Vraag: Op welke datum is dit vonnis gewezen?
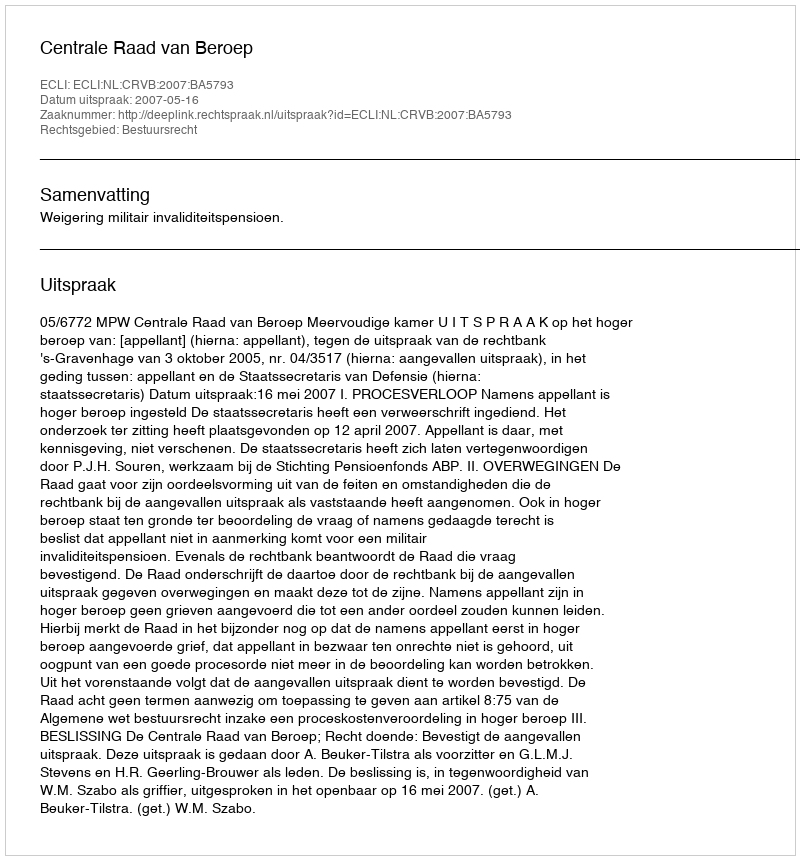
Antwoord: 2007-05-16